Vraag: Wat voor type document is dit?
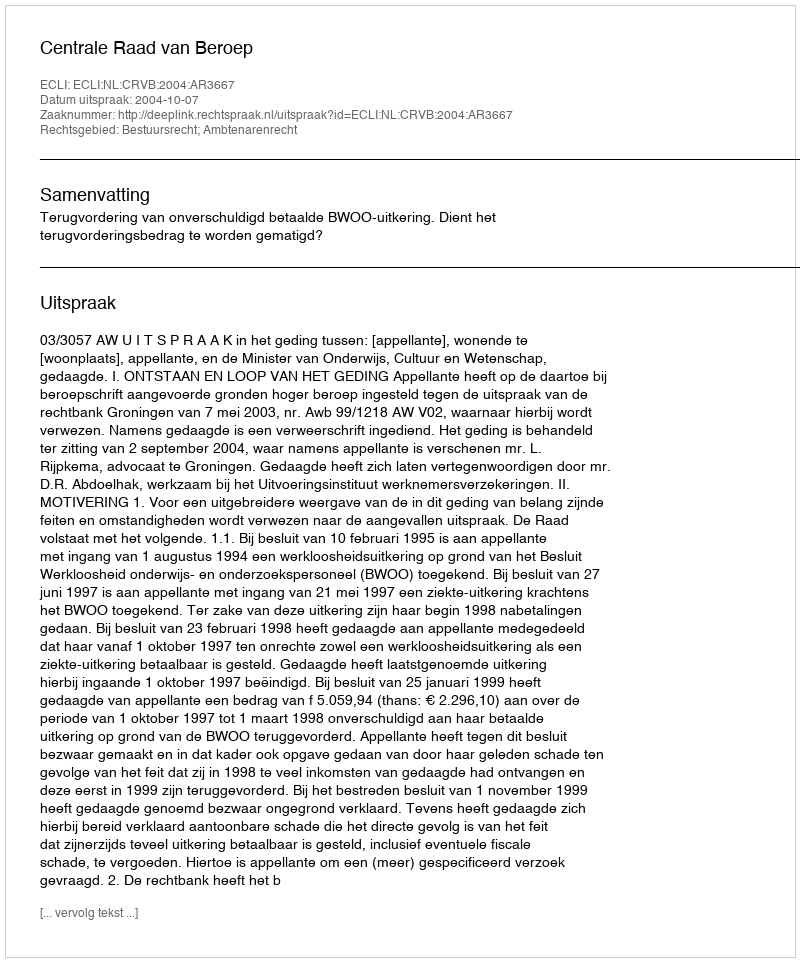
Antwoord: Uitspraak